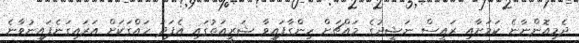
ދެމިއޮންނާނެ ކަމަށާއި ރައީސް ނަޝީދުގެ މައްޗަށް ހިންގާފައިވާ ޝަރީއަތުގައި އެފަދަ ހައްގަކަށް އަރައިގަނެފައިނުވާނެ